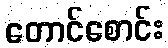
တောင်စောင်း